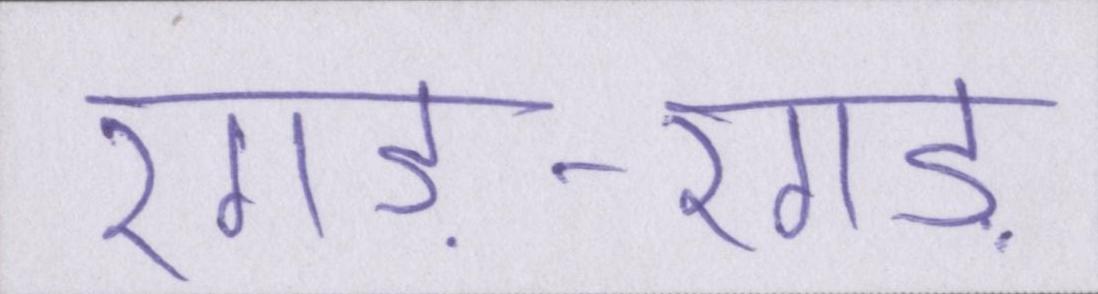
रगड़-रगड़